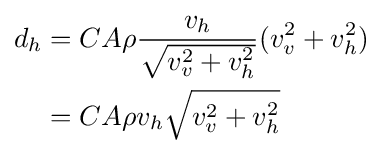
{\begin{aligned}d_{h}&=CA\rho {\frac {v_{h}}{\sqrt {v_{v}^{2}+v_{h}^{2}}}}(v_{v}^{2}+v_{h}^{2})\\&=CA\rho v_{h}{\sqrt {v_{v}^{2}+v_{h}^{2}}}\end{aligned}}